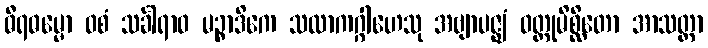
ဓီရဓမ္မော ဝစံ သင်္ခါရာဝ မဉ္စာဒိကေ သလာကဂ္ဂါဟေသု အဗျာပဇ္ဈံ ဝတ္တုမိစ္ဆိတော အာသတ္တာ